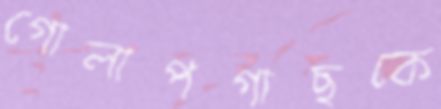
গোলাপগাছকে